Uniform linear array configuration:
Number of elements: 24
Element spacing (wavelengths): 0.5
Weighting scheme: hann
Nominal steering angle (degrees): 15
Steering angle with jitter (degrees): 14.982
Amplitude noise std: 0.05
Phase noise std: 0.05

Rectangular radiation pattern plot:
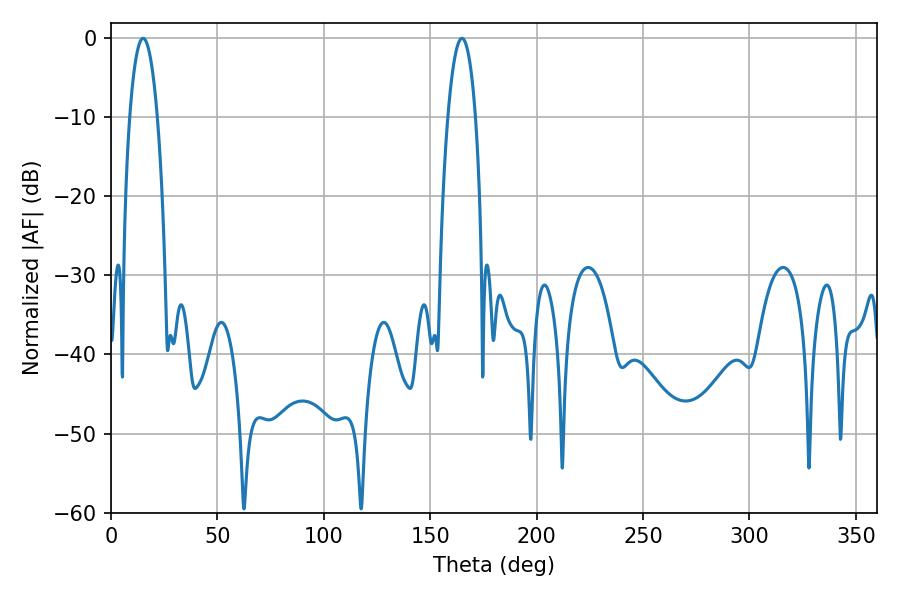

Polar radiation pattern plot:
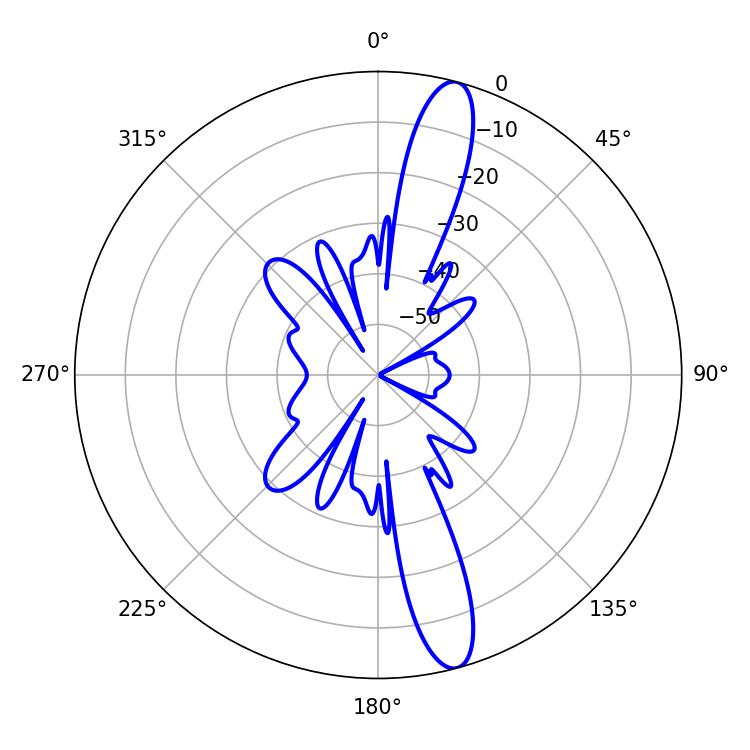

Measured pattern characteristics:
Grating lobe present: FALSE
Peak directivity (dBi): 14.54
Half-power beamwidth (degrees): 7.2
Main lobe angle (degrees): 15.12